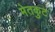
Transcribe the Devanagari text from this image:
मेतकुट